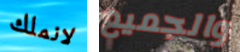
لانملك والجميع